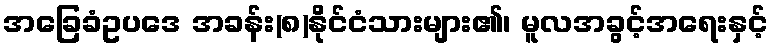
အခြေခံဥပဒေ အခန်း(၈)နိုင်ငံသားများ၏၊ မူလအခွင့်အရေးနှင့်